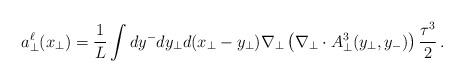
LaTeX: \begin{align*}{a}_{\bot}^{\ell}(x_{\bot}) = \frac{1}{L} \int dy^- dy_{\bot}d(x_{\bot}-y_{\bot}) \nabla_{\bot}\left( \nabla_{\bot} \cdot A_{\bot}^3({y}_{\bot}, y_-) \right) \frac{\tau^3}{2} \,.\end{align*}